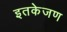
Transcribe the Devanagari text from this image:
इतकेजण